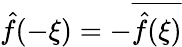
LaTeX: {\hat{f}}(-\xi)=-{\overline{{{\hat{f}}(\xi)}}}